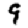
Digit: 9